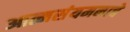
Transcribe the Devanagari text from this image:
आत्मसंयमनाचे